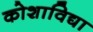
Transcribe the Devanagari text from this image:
कोशाविद्या